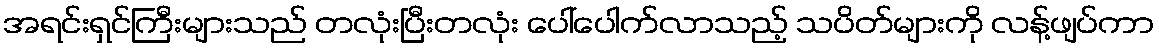
အရင်းရှင်ကြီးများသည် တလုံးပြီးတလုံး ပေါ်ပေါက်လာသည့် သပိတ်များကို လန့်ဖျပ်ကာ